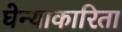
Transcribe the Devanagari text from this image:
घेन्याकारिता